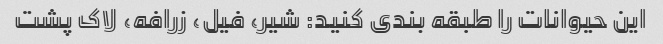
این حیوانات را طبقه بندی کنید: شیر، فیل، زرافه، لاک پشت